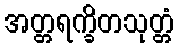
အတ္တရက္ခိတသုတ္တံ